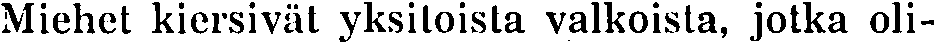
Miehet kiersivät yksiloista valkoista, jotka oli-